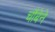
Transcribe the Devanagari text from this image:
चौबेने